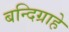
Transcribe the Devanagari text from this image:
बन्दिग्राहे